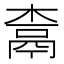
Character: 𰘇